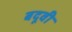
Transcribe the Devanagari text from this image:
बदूवी